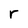
Character: r